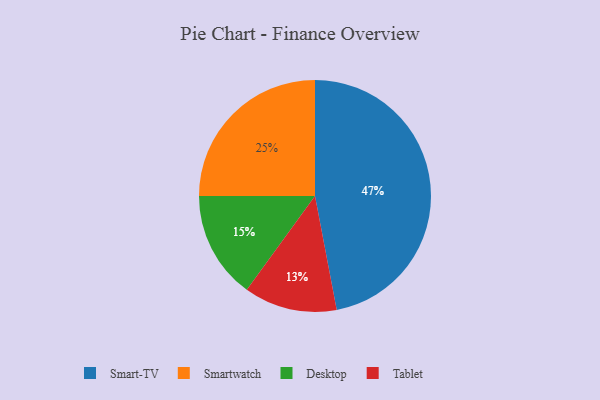
{"axis": {"x": "Category", "y": "Percentage"}, "legend": ["Desktop", "Smart-TV", "Smartwatch", "Tablet"], "data": [{"x": "Desktop", "y": 15, "type": "Desktop"}, {"x": "Smartwatch", "y": 25, "type": "Smartwatch"}, {"x": "Smart-TV", "y": 47, "type": "Smart-TV"}, {"x": "Tablet", "y": 13, "type": "Tablet"}]}